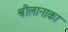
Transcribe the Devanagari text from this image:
श्रीलानाका